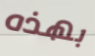
بهذه